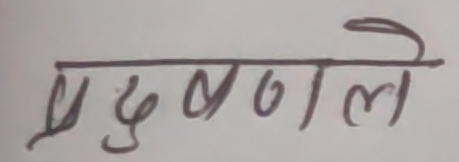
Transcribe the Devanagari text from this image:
प्रदुषणले